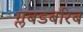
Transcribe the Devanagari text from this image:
ग्लबडबरिब